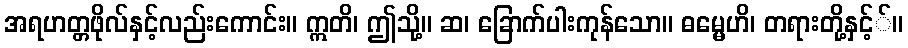
အရဟတ္တဖိုလ်နှင့်လည်းကောင်း။ ဣတိ၊ ဤသို့။ ဆ၊ ခြောက်ပါးကုန်သော။ ဓမ္မေဟိ၊ တရားတို့နှင့််။